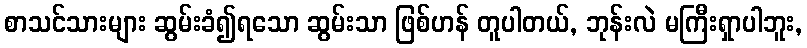
စာသင်သားများ ဆွမ်းခံ၍ရသော ဆွမ်းသာ ဖြစ်ဟန် တူပါတယ်, ဘုန်းလဲ မကြီးရှာပါဘူး,